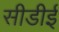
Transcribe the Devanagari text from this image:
सीडीई